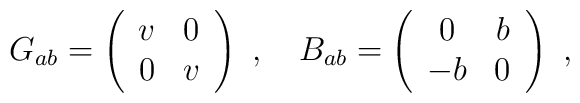
G_{ab}=\left(\begin{array}{cc}               v & 0\\               0 & v              \end{array}\right)~,~~~ B_{ab}=\left(\begin{array}{cc}               0  & b\\               -b & 0              \end{array}\right)~,